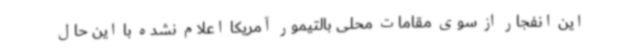
این انفجار از سوی مقامات محلی بالتیمور آمریکا اعلام نشده با این حال